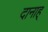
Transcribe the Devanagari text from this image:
दानाह्